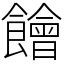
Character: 䭝